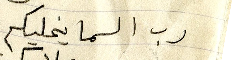
رب السما يخليكم